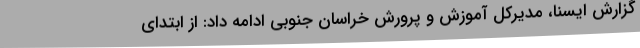
گزارش ایسنا، مدیرکل آموزش و پرورش خراسان جنوبی ادامه داد: از ابتدای